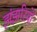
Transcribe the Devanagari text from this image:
झंझरियों